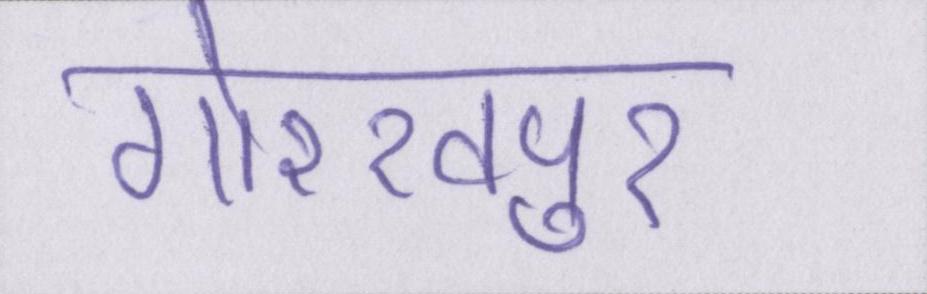
गोरखपुर